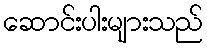
ဆောင်းပါးများသည်